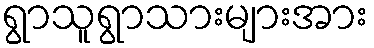
ရွာသူရွာသားများအား